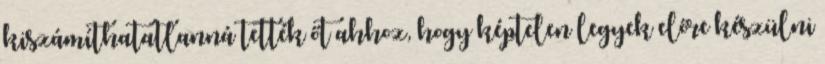
kiszámíthatatlanná tették őt ahhoz, hogy képtelen legyek előre készülni